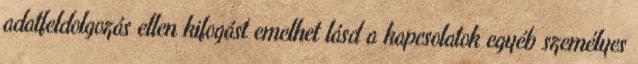
adatfeldolgozás ellen kifogást emelhet lásd a kapcsolatok egyéb személyes